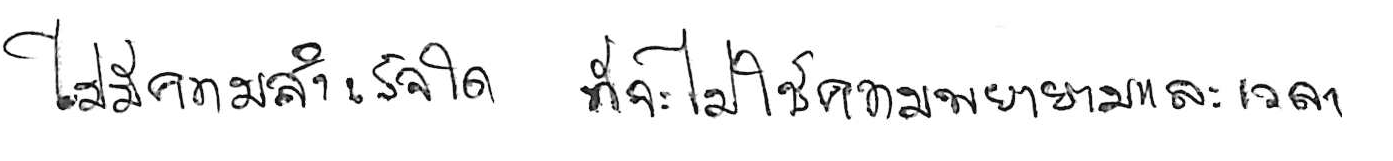
ไม่มีความสำเร็จใด ที่จะไม่ใช้ความพยายามและเวลา